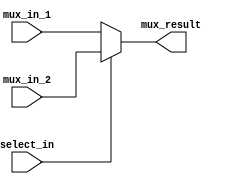
module MUX #(parameter data_width = 32) ( 
    input [data_width - 1 : 0] mux_in_1, 
	input [data_width - 1 : 0] mux_in_2,
    input select_in,
       	output [data_width - 1: 0] mux_result);
    
    assign mux_result = select_in == 0 ? mux_in_1 : mux_in_2;

endmodule